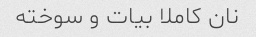
نان کاملا بیات و سوخته